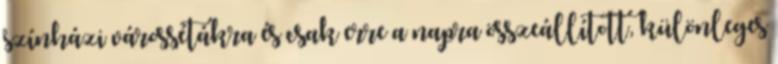
színházi várossétákra és csak erre a napra összeállított, különleges